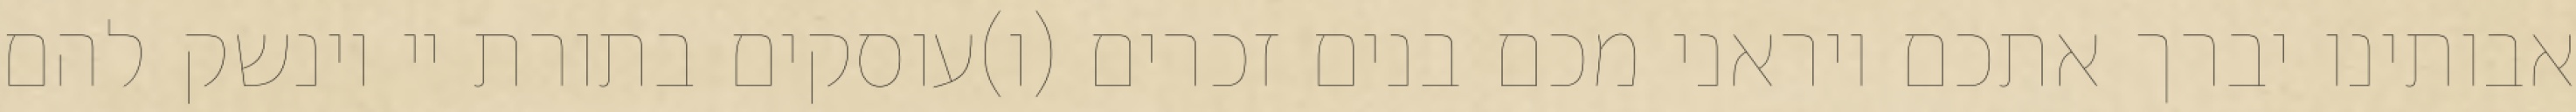
אבותינו יברך אתכם ויראני מכם בנים זכרים (ו)עוסקים בתורת יי וינשק להם